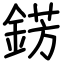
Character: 錺